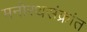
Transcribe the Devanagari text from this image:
मनोरथसंक्रांत